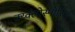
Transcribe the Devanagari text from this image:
क्य्क्लोस्पोरिन